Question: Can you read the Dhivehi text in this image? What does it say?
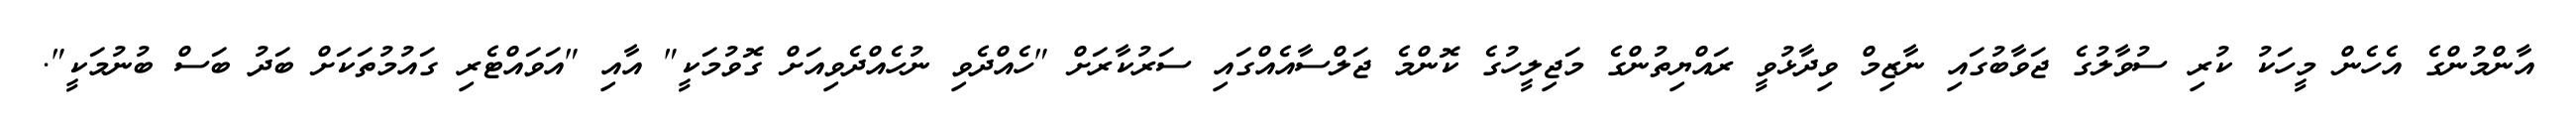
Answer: އާންމުންގެ އެހެން މީހަކު ކުރި ސުވާލުގެ ޖަވާބުގައި ނާޒިމް ވިދާޅުވީ ރައްޔިތުންގެ މަޖިލީހުގެ ކޮންމެ ޖަލްސާއެއްގައި ސަރުކާރަށް "ހެއްދެވި ނުހެއްދެވިއަށް ގޮވުމަކީ" އާއި "އަވައްޓެރި ގައުމުތަކަށް ބަދު ބަސް ބުނުމަކީ".